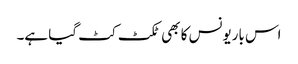
اس باریونس کا بھی ٹکٹ کٹ گیا ہے۔